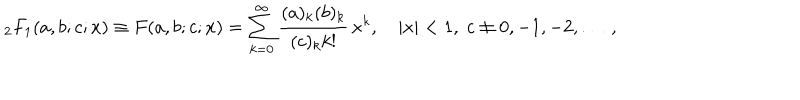
{ } _ { 2 } F _ { 1 } ( a , b ; c ; x ) \equiv F ( a , b ; c ; x ) = \sum _ { k = 0 } ^ { \infty } { \frac { ( a ) _ { k } ( b ) _ { k } } { ( c ) _ { k } k ! } } \, x ^ { k } , \quad | x | < 1 , \; c \ne 0 , - 1 , - 2 , \ldots \; ,